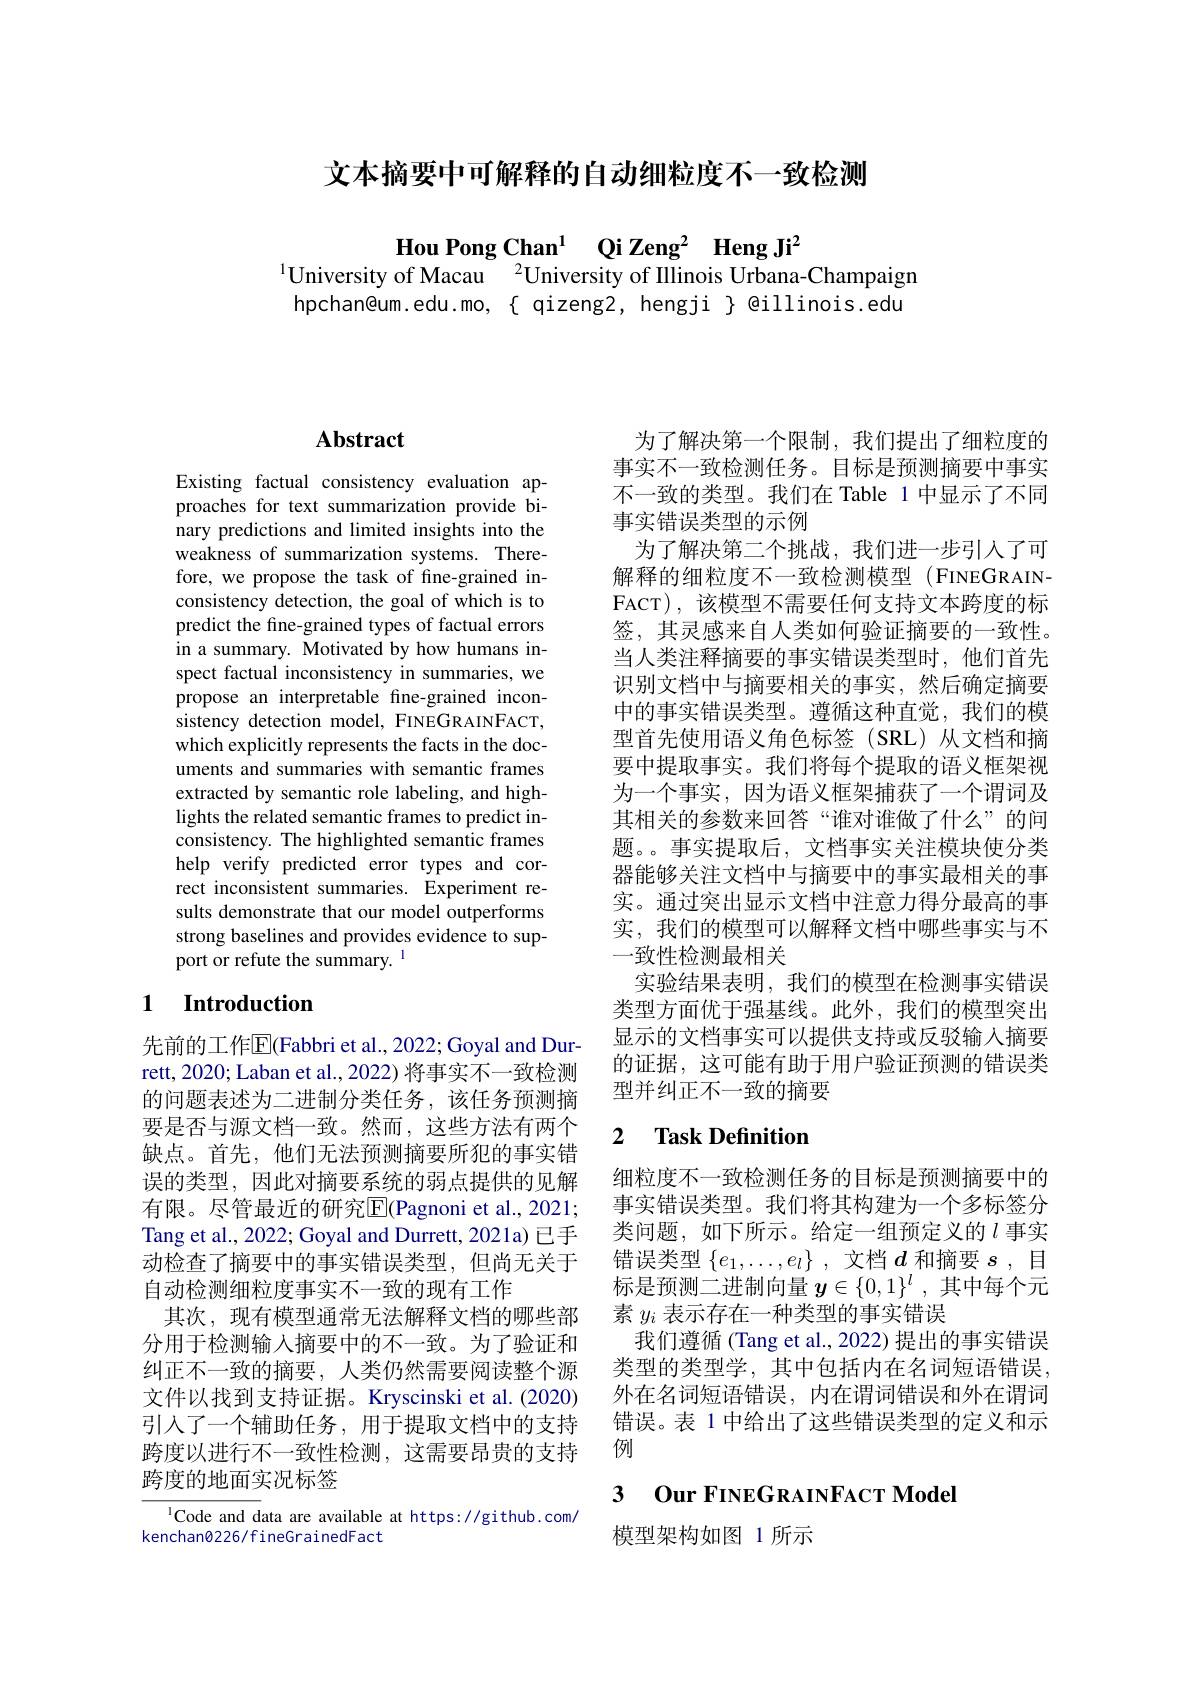
文本摘要中可解释的自动细粒度不一致检测

Hou Pong Chan$^1$ Qi Zeng$^2$ Heng Ji$^2$
$^{1}$University of Macau $^{2}$University of Illinois Urbana-Champaign hpchan@um.edu.mo, { qizeng2, hengji } @illinois.edu

## $\mathbf{Abstract}$

Existing factual consistency evaluation approaches for text summarization provide binary predictions and limited insights into the weakness of summarization systems. Therefore, we propose the task of fine-grained inconsistency detection, the goal of which is to predict the fine-grained types of factual errors in a summary. Motivated by how humans inspect factual inconsistency in summaries, we propose an interpretable fine-grained inconsistency detection model, FINEGRAINFACT, which explicitly represents the facts in the documents and summaries with semantic frames extracted by semantic role labeling, and highlights the related semantic frames to predict inconsistency. The highlighted semantic frames help verify predicted error types and correct inconsistent summaries. Experiment results demonstrate that our model outperforms strong baselines and provides evidence to support or refute the summary. 1

### 1 $\textbf{Introduction}$

先前的工作$\overline{\mathrm{E}}$(Fabbri et al., 2022; Goyal and Durrett, 2020; Laban et al., 2022) 将事实不一致检测的问题表述为二进制分类任务，该任务预测摘要是否与源文档一致。然而，这些方法有两个缺点。首先，他们无法预测摘要所犯的事实错误的类型，因此对摘要系统的弱点提供的见解有限。尽管最近的研究E$( Pagnoni et al. , 2021;$ Tang et al., 2022; Goyal and Durrett, 2021a) 已手动检查了摘要中的事实错误类型，但尚无关于自动检测细粒度事实不一致的现有工作
其次，现有模型通常无法解释文档的哪些部分用于检测输入摘要中的不一致。为了验证和纠正不一致的摘要，人类仍然需要阅读整个源文件以找到支持证据。Kryscinski et al.(2020) 引人了一个辅助任务，用于提取文档中的支持跨度以进行不一致性检测，这需要昂贵的支持跨度的地面实况标签

$^{1}$Code and data are available at https://github.com/
kenchan0226/fineGrainedFact

为了解决第一个限制，我们提出了细粒度的事实不一致检测任务。目标是预测摘要中事实不一致的类型。我们在 Table 1 中显示了不同事实错误类型的示例
为了解决第二个挑战，我们进一步引入了可解释的细粒度不一致检测模型 (FINEGRAINFACT),该模型不需要任何支持文本跨度的标签，其灵感来自人类如何验证摘要的一致性。当人类注释摘要的事实错误类型时，他们首先识别文档中与摘要相关的事实，然后确定摘要中的事实错误类型。遵循这种直觉，我们的模型首先使用语义角色标签(SRL)从文档和摘要中提取事实。我们将每个提取的语义框架视为一个事实，因为语义框架捕获了一个谓词及其相关的参数来回答“谁对谁做了什么”的问题。事实提取后，文档事实关注模块使分类器能够关注文档中与摘要中的事实最相关的事实。通过突出显示文档中注意力得分最高的事实，我们的模型可以解释文档中哪些事实与不一致性检测最相关
实验结果表明，我们的模型在检测事实错误类型方面优于强基线。此外，我们的模型突出显示的文档事实可以提供支持或反驳输入摘要的证据，这可能有助于用户验证预测的错误类型并纠正不一致的摘要

### 2 $\textbf{Task Definition}$

细粒度不一致检测任务的目标是预测摘要中的事实错误类型。我们将其构建为一个多标签分类问题，如下所示。给定一组预定义的$l$事实错误类型$\{e_1,\ldots,e_l\}$ ,文档$d$和摘要$s$ ,目标是预测二进制向量$y\in\{0,1\}^l$,其中每个元素$y_i$表示存在一种类型的事实错误
我们遵循 (Tang et al., 2022) 提出的事实错误类型的类型学，其中包括内在名词短语错误， 外在名词短语错误，内在谓词错误和外在谓词错误。表 1 中给出了这些错误类型的定义和示例

### 3 $\textbf{Our FINEGRAINFACT Mode}$

模型架构如图 1 所示